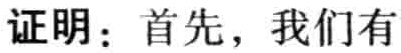
证明：首先，我们有